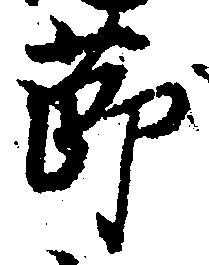
節